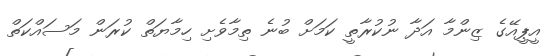
އީޕީއޭގެ ޒިންމާ އަދާ ނުކުރާތީ ކަމަށް ބުނެ ތިމާވެށި ހިމާޔަތް ކުރަން މަސައްކަތް